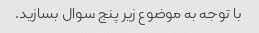
با توجه به موضوع زیر پنج سوال بسازید.